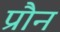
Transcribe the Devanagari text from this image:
प्रौन